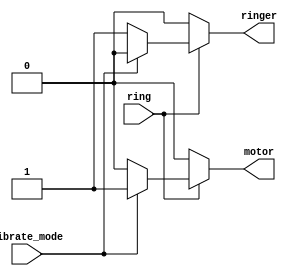
module top_module(
    input ring,
    input vibrate_mode,
    output ringer,
    output motor
);

    always @(ring) begin
        if (ring == 1'b0) begin
            ringer = 1'b0;
            motor = 1'b0;
        end
        else begin
            if (vibrate_mode == 0) begin
                ringer = 1'b1;
                motor = 1'b0;
            end
            else begin
                ringer = 1'b0;
                motor = 1'b1;
            end
        end
    end
    
endmodule